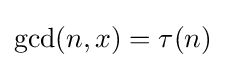
\gcd(n,x)=\tau (n)